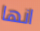
انها